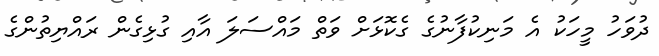
ދުވަހު މީހަކު އެ މަނިކުފާނުގެ ގެކޮޅަށް ވަތް މައްސަލަ އާއި ގުޅިގެން ރައްޔިތުންގެ